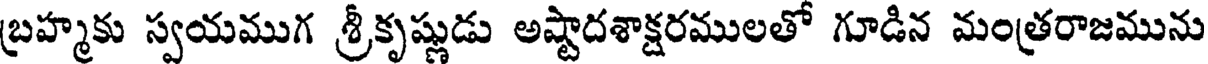
బ్రహ్మకు స్వయముగ శ్రీకృష్ణుడు అష్టాదశాక్షరములతో గూడిన మంత్రరాజమును